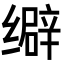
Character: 𦈞